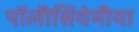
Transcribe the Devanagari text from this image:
पॉलीसिंथेमीया